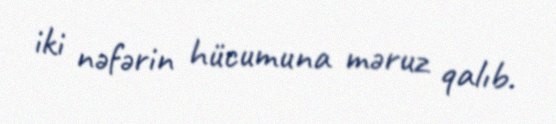
iki nəfərin hücumuna məruz qalıb.